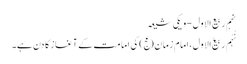
نہم ربیع الاول - ویکی شیعہ
نُہُم رَبیع‌ُالاول، امام زمان(عج) کی امامت کے آغاز کا دن ہے۔